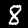
Digit: 8